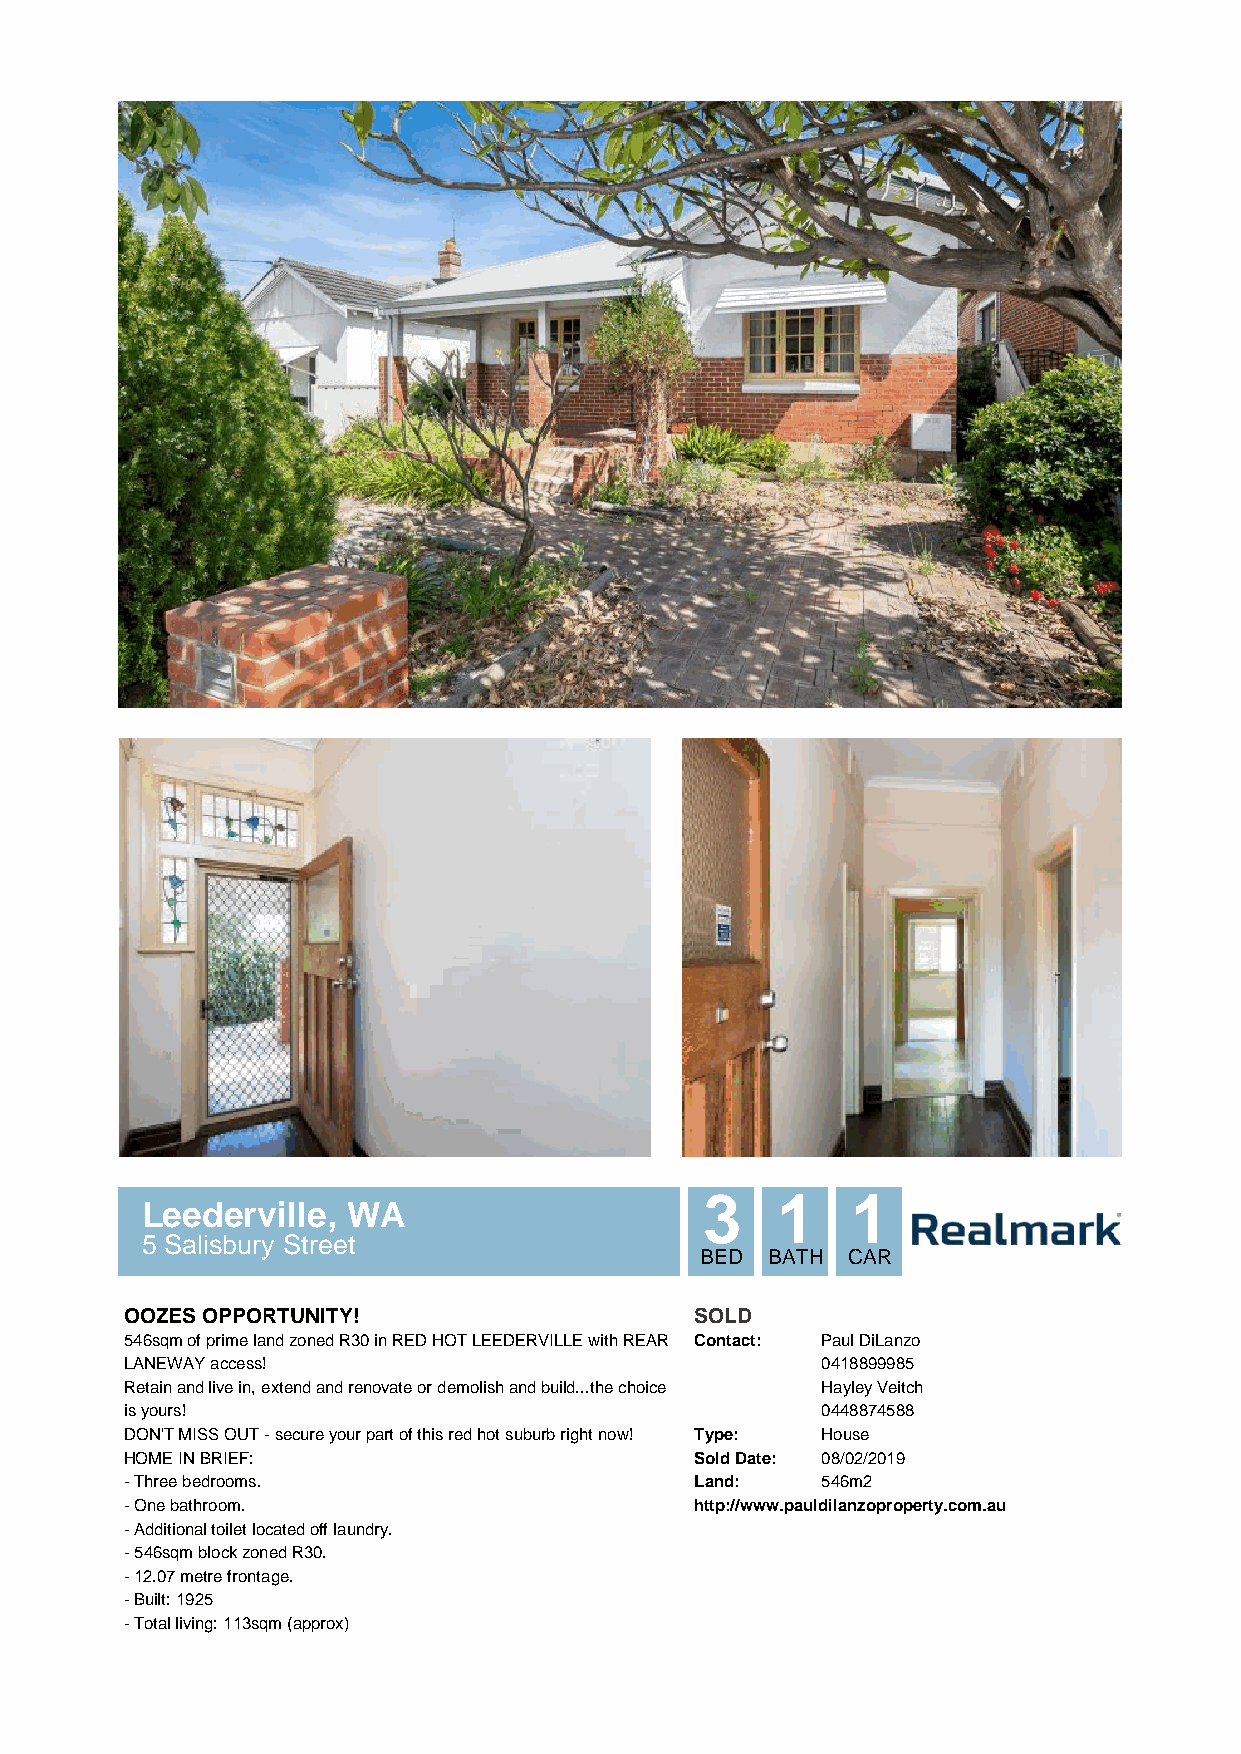
3   1    1
 Leederville,  WA
 5 Salisbury Street
 BED  BATH CAR
 OOZES OPPORTUNITY!                    SOLD
 546sqm of prime land zoned R30 in RED HOT LEEDERVILLE with REAR Contact: Paul DiLanzo
 LANEWAY access!                               0418899985
 Retain and live in, extend and renovate or demolish and build...the choice Hayley Veitch
 is yours!                                     0448874588
 DON'T MISS OUT - secure your part of this red hot suburb right now! Type: House
 HOME IN BRIEF:                        Sold Date: 08/02/2019
 - Three bedrooms.                     Land:   546m2
 - One bathroom.                       http://www.pauldilanzoproperty.com.au
 - Additional toilet located off laundry.
 - 546sqm block zoned R30.
 - 12.07 metre frontage.
 - Built: 1925
 - Total living: 113sqm (approx)